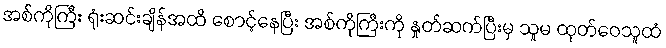
အစ်ကိုကြီး ရုံးဆင်းချိန်အထိ စောင့်နေပြီး အစ်ကိုကြီးကို နှုတ်ဆက်ပြီးမှ သူမ ထုတ်ဝေသူထံ